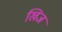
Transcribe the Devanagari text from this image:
खिज